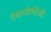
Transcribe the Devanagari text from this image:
टेकनोलौजी